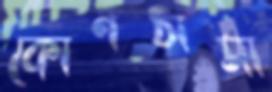
কোণঠাসা